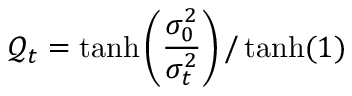
\mathcal { Q } _ { t } = \operatorname { t a n h } \left( \frac { \sigma _ { 0 } ^ { 2 } } { \sigma _ { t } ^ { 2 } } \right) / \operatorname { t a n h } ( 1 )